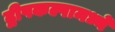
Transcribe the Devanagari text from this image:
द्वीपकल्पामध्ये